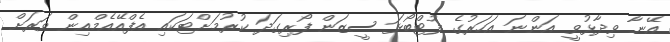
އޭނާ ވިދާޅުވީ އަންނަ އަހަރުގެ ފުޓްބޯޅަ ސީޒަން ފޯރިގަދަ ކުރުމަށްޓަކައި އެފްއޭއެމްއިން ވަރަށް